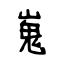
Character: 嵬